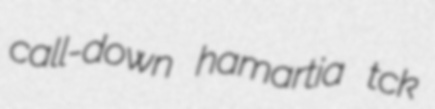
call-down hamartia tck